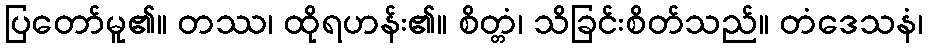
ပြတော်မူ၏။ တဿ၊ ထိုရဟန်း၏။ စိတ္တံ၊ သိခြင်းစိတ်သည်။ တံဒေသနံ၊